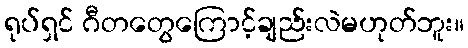
ရုပ်ရှင် ဂီတတွေကြောင့်ချည်းလဲမဟုတ်ဘူး။